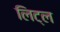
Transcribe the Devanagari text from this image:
लिट्‌ल